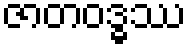
ဇာတဝဒ္ဓဿ